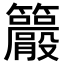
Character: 𥸇